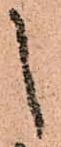
之